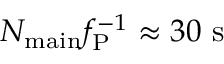
N _ { \mathrm { m a i n } } f _ { \mathrm { P } } ^ { - 1 } \approx 3 0 ~ \mathrm { s }